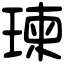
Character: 瑓